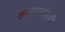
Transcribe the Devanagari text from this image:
करणारांसही